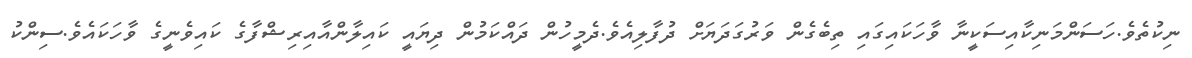
ނިކުތެވެ.ހަސަންމަނިކާއިސަކީނާ ވާހަކައިގައި ތިބެގެން ވަރުގަދަޔަށް ދުފާލިއެވެ.ދެމީހުން ދައްކަމުން ދިޔައީ ކައިލާންއާއިރިޝްފާގެ ކައިވެނީގެ ވާހަކައެވެ.ސިންކު